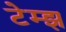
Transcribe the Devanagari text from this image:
टेम्झ